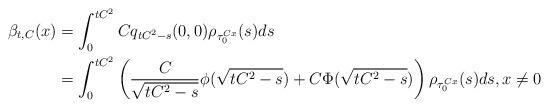
LaTeX: \begin{align*}\beta_{t,C}(x) &=\int_0^{tC^2} Cq_{tC^2 -s}(0,0) \rho_{\tau_0^{Cx}}(s)ds \\ &= \int_0^{tC^2} \left(\frac{C}{\sqrt{tC^2-s}}\phi(\sqrt{tC^2-s})+C\Phi(\sqrt{tC^2-s})\right) \rho_{\tau_0^{Cx}}(s)ds,x\neq 0 \end{align*}